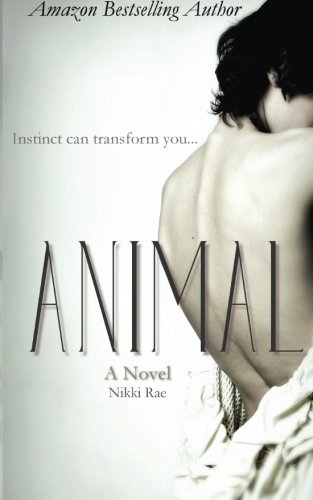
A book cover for Animal; Nikki Rae; Science Fiction & Fantasy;